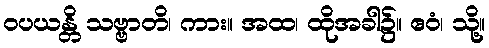
ဝပယန္တိ သဗ္ဗာတိ၊ ကား။ အထ၊ ထိုအခါ၌။ ဧဝံ၊ သို့။